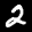
Label: 2